Report on sanitation, dispensaries, and jails in Rajputana for 1915, and on vaccination for the year 1915-1916 - 1915-1916
Year: 1915
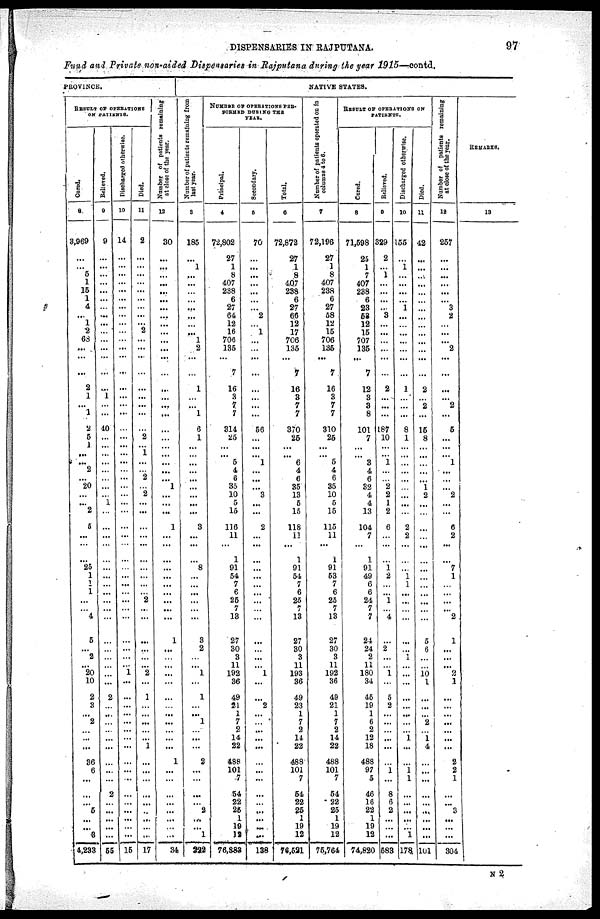
DISPENSARIES IN RAJPUTANA.
97
Fund and Private non-aided Dispensaries in Rajputana during the year 1915—contd.
PROVINCE.
RESULT OF OPERATIONS
ON PATIENTS.
Cured.
8
3,969
...
...
5
1
15
1
4
...
1
2
68
...
...
...
2
1
...
1
2
5
1
...
...
2
...
20
...
...
2
5
...
...
...
25
1
1
1
...
...
4
5
...
2
...
20
10
2
3
2
2
...
...
...
36
6
...
...
...
...
...
...
...
4,233
Relieved.
9
9
...
...
...
...
...
...
...
...
...
...
...
...
...
...
...
1
...
...
40
...
...
...
...
...
...
...
...
1
...
...
...
...
...
...
...
...
...
...
...
...
...
...
...
...
...
. ..
2
...
...
...
...
...
...
...
...
...
2
...
...
...
...
...
55
Discharged otherwise.
10
14
...
...
...
...
...
...
...
...
...
...
...
...
...
...
...
...
...
...
...
...
...
...
...
...
...
...
...
...
...
...
...
...
...
...
...
...
...
...
...
...
...
...
...
...
1
...
...
...
...
...
...
...
...
...
...
...
...
...
...
...
...
...
15
Died.
11
2
...
...
...
...
...
...
...
...
...
2
...
...
...
...
...
...
...
...
...
2
...
1
...
...
2
...
2
...
...
...
...
...
...
...
...
...
...
2
...
...
...
...
...
...
2
...
1
...
...
...
...
...
1
...
...
...
...
...
...
...
...
...
17
Number of patients remaining
at close of the year.
12
30
...
...
...
...
...
...
...
...
...
...
...
...
...
...
...
...
...
...
...
...
...
...
...
...
...
1
...
...
...
1
...
...
...
...
...
...
...
...
...
...
1
...
...
...
...
...
...
...
...
...
...
...
...
1
...
...
...
...
...
...
...
...
34
NATIVE STATES.
Number of patients remaining from
last year.
3
185
...
1
...
...
...
...
...
...
...
1
2
...
...
1
...
...
1
6
1
...
...
...
...
...
...
...
...
...
3
...
...
...
8
...
...
...
...
...
...
3
2
...
...
1
...
1
...
...
1
...
...
...
2
...
...
...
...
2
...
...
1
222
NUMBER OF OPERATIONS PER¬
FORMED DURING THE
YEAR.
Principal.
4
72,802
27
1
8
407
238
6
27
64
12
16
706
135
...
7
16
3
7
7
314
25
...
...
5
4
6
35
10
5
15
116
11
...
1
91
54
7
6
25
7
13
27
30
3
11
192
36
49
21
1
7
2
14
22
488
101
7
54
22
25
1
19
12
76,383
Secondary.
5
70
...
...
...
...
...
...
...
2
1
...
...
...
...
...
...
...
...
56
...
...
...
1
...
...
...
3
...
...
2
...
...
...
...
...
...
...
...
...
...
...
...
...
...
1
...
...
2
...
...
...
...
...
...
...
...
...
...
...
...
...
138
Total.
6
72,872
27
1
8
407
238
6
27
66
12
17
706
135
...
7
16
3
7
7
370
25
...
...
6
4
6
35
13
5
15
118
11
...
1
91
54
7
6
25
7
13
27
30
3
11
193
36
49
23
1
7
2
14
22
488
101
7
54
22
25
1
19
12
76,521
Number of patients operated on in
columns 4 to 6.
7
72,196
27
1
8
407
238
6
27
58
12
15
706
135
...
7
16
3
7
7
310
25
...
...
5
4
6
35
10
5
15
115
11
...
1
91
53
7
6
25
7
13
27
30
3
11
192
36
49
21
1
7
2
14
22
488
101
7
54
22
25
1
19
12
75,764
RESULT OF OPERATIONS ON
PATIENTS.
Cured.
8
71,598
25
1
7
407
238
6
23
53
12
15
707
135
...
7
12
3
3
8
101
7
...
...
3
4
6
32
4
4
13
104
7
...
1
91
49
6
6
24
7
7
24
24
2
11
180
34
45
19
1
6
2
12
18
488
97
5
46
16
22
1
19
12
74,820
Relieved.
9
329
2
...
1
...
...
...
...
3
...
...
...
...
...
...
2
...
...
...
187
10
...
...
1
...
...
2 2
1
2
6
...
...
...
1
2
...
...
1
...
4
...
2
...
...
1
...
5
2
...
...
...
...
...
...
...
...
8
6
2
...
...
...
583
Discharged otherwise.
10
155
...
1
...
...
...
...
1
...
...
...
...
...
...
...
1
...
...
...
8
1
...
...
...
...
...
...
...
...
...
2
2
...
...
...
1
1
...
...
...
...
...
...
1
...
...
...
...
...
...
...
...
1
...
...
...
1
...
...
...
...
...
1
178
Died.
11
42
...
...
...
...
...
...
...
...
...
...
...
...
...
...
2
...
2
...
15
8
...
...
...
...
...
1
2
...
...
...
...
...
...
...
...
...
...
...
...
5
6
...
...
10 1
...
...
...
2
...
1
4
...
...
...
...
...
...
...
...
...
101
Number of patients remaining
at close
of the year.
12
257
...
...
...
...
...
...
3
2
...
...
...
2
...
...
...
...
2
...
5
...
...
...
1
...
...
...
2
...
...
6
2
...
...
7
1
...
...
...
...
2
1
...
...
...
2
1
...
...
...
...
...
...
...
2
2
1
...
...
3
...
...
...
304
REMARKS.
13
N 2